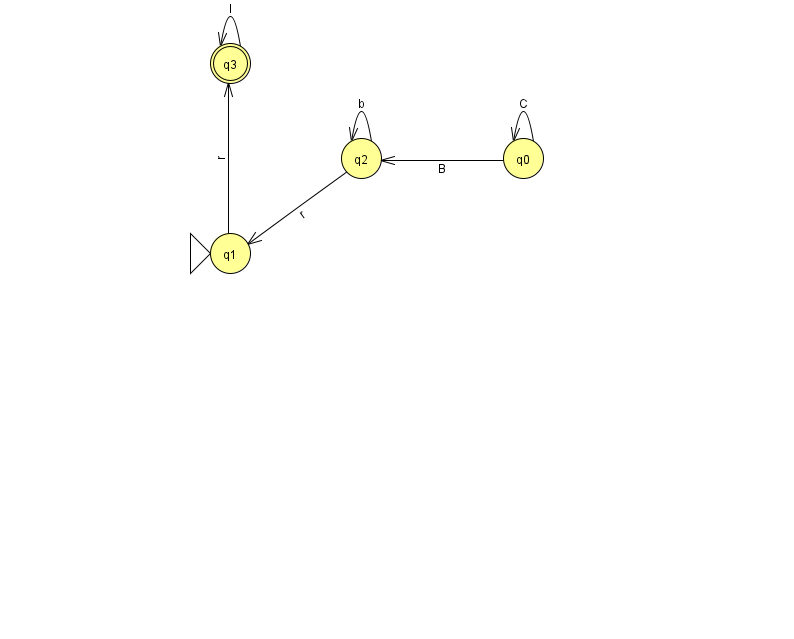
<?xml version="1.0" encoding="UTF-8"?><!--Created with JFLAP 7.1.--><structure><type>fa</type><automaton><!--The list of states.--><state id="0" name="q0"><x>523.0</x><y>145.0</y></state><state id="1" name="q1"><x>230.0</x><y>240.0</y><initial/></state><state id="2" name="q2"><x>361.0</x><y>145.0</y></state><state id="3" name="q3"><x>230.0</x><y>50.0</y><final/></state><!--The list of transitions.--><transition><from>2</from><to>1</to><read>r</read></transition><transition><from>2</from><to>2</to><read>b</read></transition><transition><from>0</from><to>0</to><read>C</read></transition><transition><from>1</from><to>3</to><read>r</read></transition><transition><from>3</from><to>3</to><read>I</read></transition><transition><from>0</from><to>2</to><read>B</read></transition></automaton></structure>